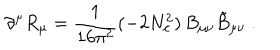
\partial ^ { \mu } R _ { \mu } = \frac { 1 } { 1 6 \pi ^ { 2 } } ( - 2 N _ { c } ^ { 2 } ) \, B _ { \mu \nu } \tilde { B } _ { \mu \nu } \; .